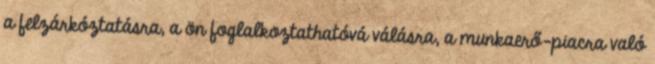
a felzárkóztatásra, a ön foglalkoztathatóvá válásra, a munkaerő-piacra való